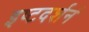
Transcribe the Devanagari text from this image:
इष्टदर्शनं